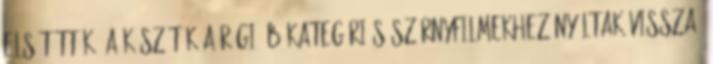
elsütötték, a készítők a régi, B-kategóriás szörnyfilmekhez nyúltak vissza.